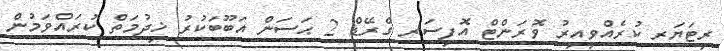
ރިޓަޔަރ ކުރެއްވިއިރު ވޮރަންޓް އޮފިސަރ ގްރޭޑް 2 ޙަސަން އަބޫބަކުރު ޚިދުމަތް ކުރައްވަމުން